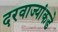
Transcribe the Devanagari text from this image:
दरवाज्यांकडे